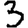
Digit: 3